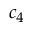
c _ { 4 }